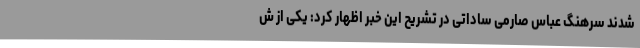
شدند سرهنگ عباس صارمی ساداتی در تشریح این خبر اظهار کرد: یکی از ش